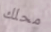
محلك